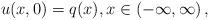
LaTeX: \begin{align*}u(x,0)=q(x),x\in\left( -\infty,\infty\right) , \end{align*}